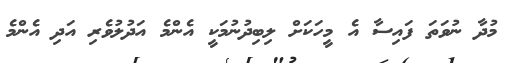
މުދާ ނުވަތަ ފައިސާ އެ މީހަކަށް ލިބިދުނުމަކީ އެންމެ އަދުލުވެރި އަދި އެންމެ